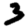
Digit: 3